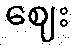
ဈေး